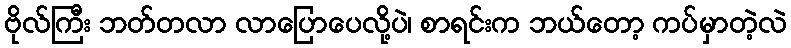
ဗိုလ်ကြီး ဘတ်တလာ လာပြောပေလို့ပဲ၊ စာရင်းက ဘယ်တော့ ကပ်မှာတဲ့လဲ